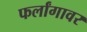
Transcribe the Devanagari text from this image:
फर्लांगावर